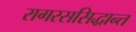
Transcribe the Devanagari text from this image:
रागरससिद्धान्त